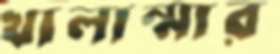
খালাম্মার